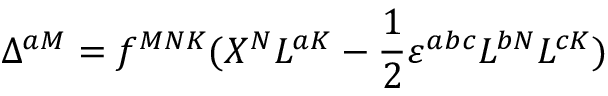
\Delta ^ { a M } = f ^ { M N K } ( X ^ { N } L ^ { a K } - \frac 1 2 \varepsilon ^ { a b c } L ^ { b N } L ^ { c K } )